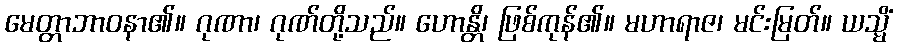
မေတ္တာဘာဝနာ၏။ ဂုဏာ၊ ဂုဏ်တို့သည်။ ဟောန္တိ၊ ဖြစ်ကုန်၏။ မဟာရာဇ၊ မင်းမြတ်။ ယသ္မိံ